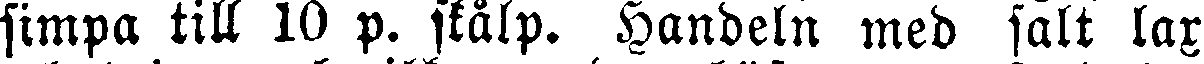
fimpa till 10 p. skalp. Handeln med salt lax